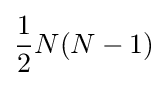
{\frac {1}{2}}N(N-1)